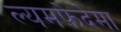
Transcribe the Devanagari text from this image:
ल्यमफ़ेदेमा